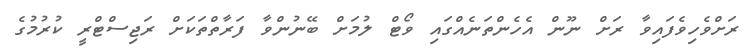
ރަށްވެހިވެފައިވާ ރަށް ނޫން އެހެންތަނެއްގައި ވޯޓް ލުމަށް ބޭނުންވާ ފަރާތްތަކަށް ރަޖިސްޓްރީ ކުރުމުގެ